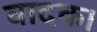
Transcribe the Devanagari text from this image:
वादक।